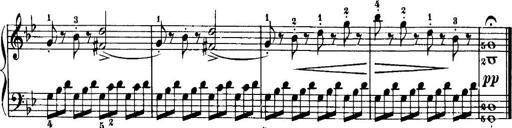
Title: 7 Sonatinas
Composer: Anton Diabelli